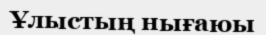
Ұлыстың нығаюы